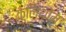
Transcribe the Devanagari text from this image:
क्लिंथोम